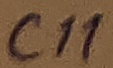
Text: C11